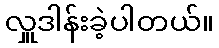
လှူဒါန်းခဲ့ပါတယ်။